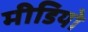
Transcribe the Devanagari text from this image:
मीडियो